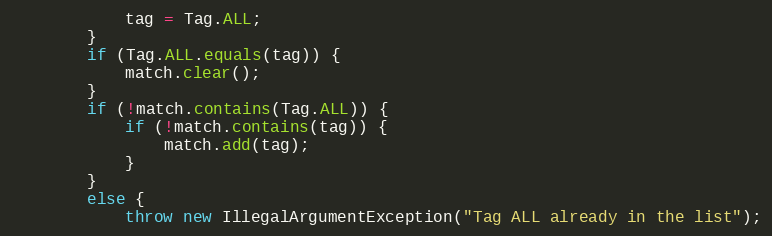
Language: Java
            tag = Tag.ALL;
        }
        if (Tag.ALL.equals(tag)) {
            match.clear();
        }
        if (!match.contains(Tag.ALL)) {
            if (!match.contains(tag)) {
                match.add(tag);
            }
        }
        else {
            throw new IllegalArgumentException("Tag ALL already in the list");